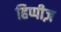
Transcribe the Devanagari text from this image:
हिप्पीज़